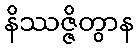
နိဿဇ္ဇိတွာန